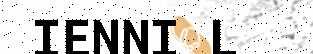
IENNI L